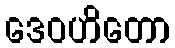
ဒေဝဟိတော